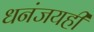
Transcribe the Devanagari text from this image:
धनंजयही